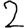
Digit: 2